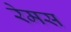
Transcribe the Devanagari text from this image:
रेमस